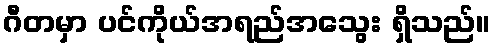
ဂီတမှာ ပင်ကိုယ်အရည်အသွေး ရှိသည်။